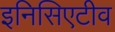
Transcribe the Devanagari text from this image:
इनिसिएटीव